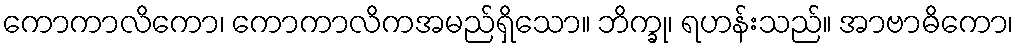
ကောကာလိကော၊ ကောကာလိကအမည်ရှိသော။ ဘိက္ခု၊ ရဟန်းသည်။ အာဗာဓိကော၊